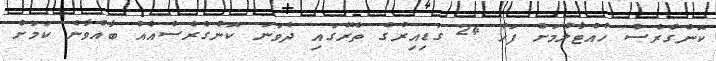
ކޮންގްރެސް ހުއްޓާލުމަށް ފަހު 24 ގަޑިއިރުގެ ތެރޭގައި ދެވަނަ ކޮންގްރެސްއެއް ބާއްވާނެ ކަމަށް